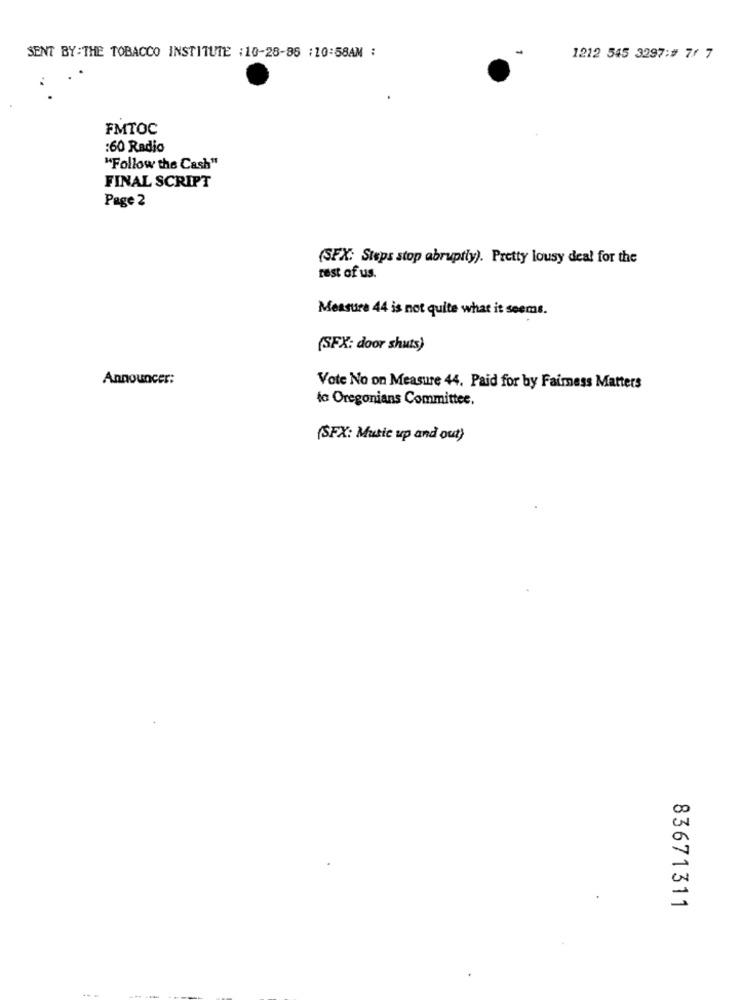
SENT BY:THE TOBACCO INSTITUTE : 10-28-85 :10:58AM :
1212 545 3297:# 7/ 7
FMTOC
:60 Radio
"Follow the Cash"
FINAL SCRIPT
Page 2
(SFX: Steps stop abruptly). Pretty lousy deal for the
rest of us.
Measure 44 is not quite what it seems.
(SFX: door shuts)
Announcer:
Vote No on Measure 44. Paid for by Faimess Matters
ta Oregonians Committee.
(SFX: Music up and out)
83671311